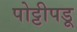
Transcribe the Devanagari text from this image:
पोट्टीपडू